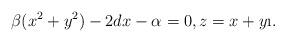
LaTeX: \begin{align*}\beta(x^2+y^2)-2dx-\alpha=0, z=x+y\i.\end{align*}